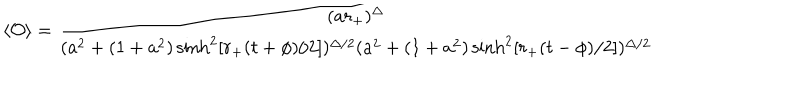
\langle { \cal O } \rangle = { \frac { ( a r _ { + } ) ^ { \Delta } } { ( a ^ { 2 } + ( 1 + a ^ { 2 } ) \sinh ^ { 2 } [ r _ { + } ( t + \phi ) / 2 ] ) ^ { \Delta / 2 } ( a ^ { 2 } + ( 1 + a ^ { 2 } ) \sinh ^ { 2 } [ r _ { + } ( t - \phi ) / 2 ] ) ^ { \Delta / 2 } } }